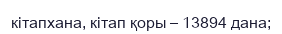
кітапхана, кітап қоры – 13894 дана;